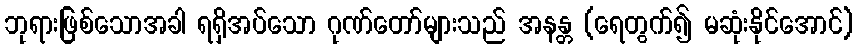
ဘုရားဖြစ်သောအခါ ရရှိအပ်သော ဂုဏ်တော်များသည် အနန္တ (ရေတွက်၍ မဆုံးနိုင်အောင်)